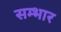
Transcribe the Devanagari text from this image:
सम्भार